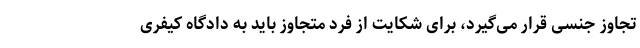
تجاوز جنسی قرار می‌گیرد، برای شکایت از فرد متجاوز باید به دادگاه کیفری